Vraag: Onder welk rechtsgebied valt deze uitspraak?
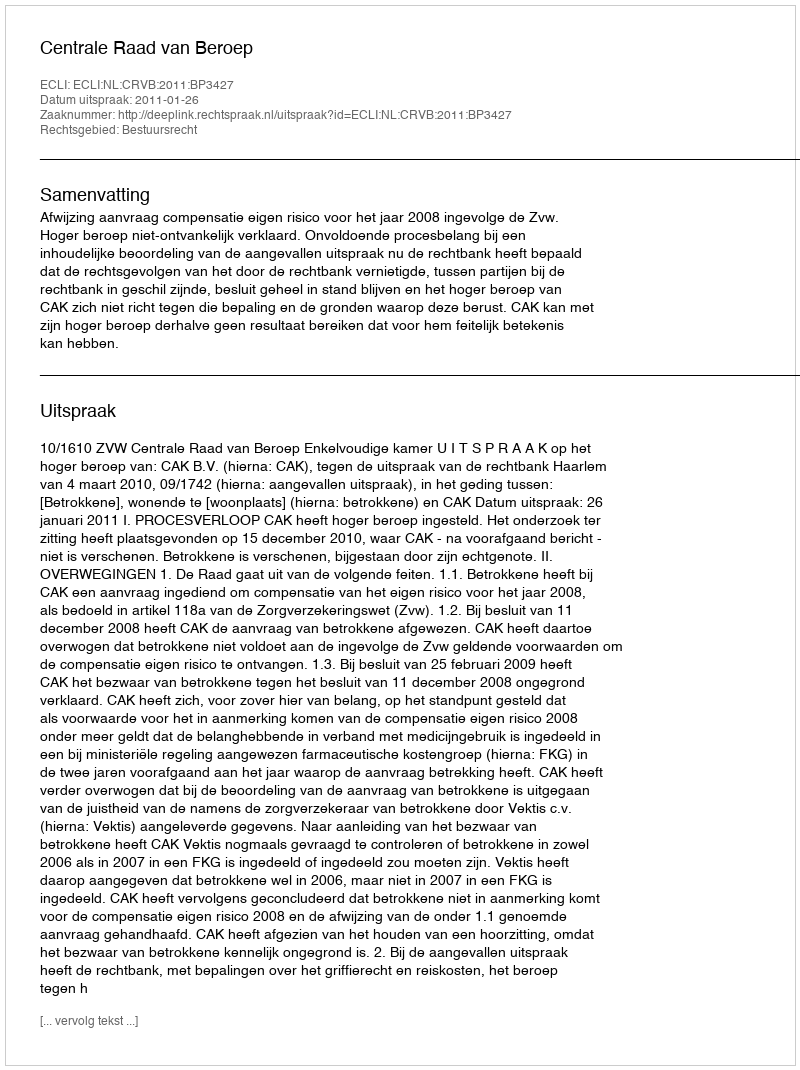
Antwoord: Bestuursrecht